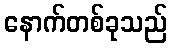
နောက်တစ်ခုသည်